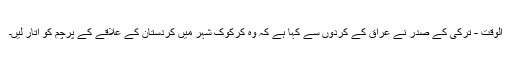
الوقت - ترکی کے صدر نے عراق کے کردوں سے کہا ہے کہ وہ کرکوک شہر میں کردستان کے علاقے کے پرچم کو اتار لیں۔